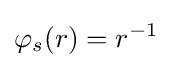
\varphi _{s}(r)=r^{-1}